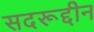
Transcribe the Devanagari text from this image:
सदरूद्दीन